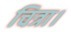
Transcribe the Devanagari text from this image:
चित्रा।